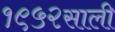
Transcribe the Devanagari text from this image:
१९५२साली